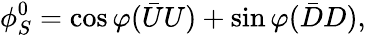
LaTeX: \phi_{S}^{0}=\cos\varphi{(\bar{U}U)}+\sin\varphi{(\bar{D}D)},